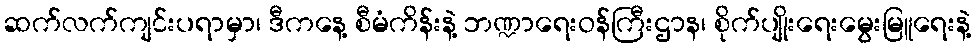
ဆက်လက်ကျင်းပရာမှာ၊ ဒီကနေ့ စီမံကိန်းနဲ့ ဘဏ္ဍာရေးဝန်ကြီးဌာန၊ စိုက်ပျိုးရေးမွေးမြူရေးနဲ့